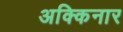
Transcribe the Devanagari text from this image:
अक्किनार